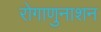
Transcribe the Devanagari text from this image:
रोगाणुनाशन